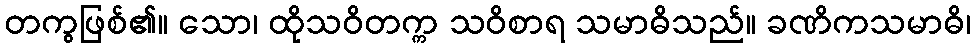
တကွဖြစ်၏။ သော၊ ထိုသဝိတက္က သဝိစာရ သမာဓိသည်။ ခဏိကသမာဓိ၊